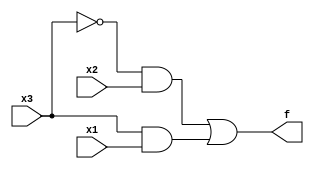
module top_module( 
    input x3,
    input x2,
    input x1,  // three inputs
    output f   // one output
);
    assign f = (~x3&x2)|(x3&x1);
    // way 2
    //assign f = x3 ? x1 : x2;
endmodule